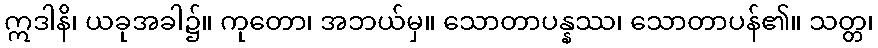
ဣဒါနိ၊ ယခုအခါ၌။ ကုတော၊ အဘယ်မှ။ သောတာပန္နဿ၊ သောတာပန်၏။ သတ္တ၊